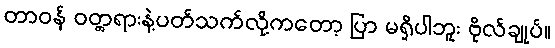
တာဝန် ဝတ္တရားနဲ့ပတ်သက်လို့ကတော့ ပြာ မရှိပါဘူး ဗိုလ်ချုပ်။